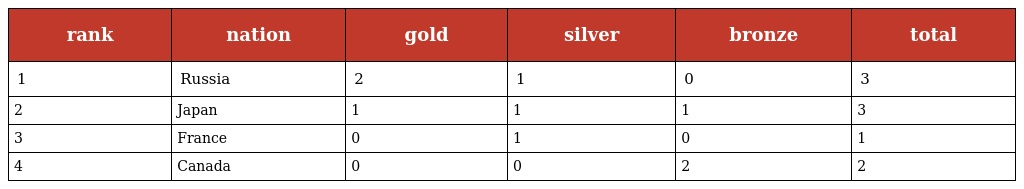
| rank | nation | gold | silver | bronze | total |
 | --- | --- | --- | --- | --- | --- |
 | 1 | Russia | 2 | 1 | 0 | 3 |
 | 2 | Japan | 1 | 1 | 1 | 3 |
 | 3 | France | 0 | 1 | 0 | 1 |
 | 4 | Canada | 0 | 0 | 2 | 2 |